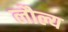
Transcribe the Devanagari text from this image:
लौल्य